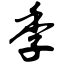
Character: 季